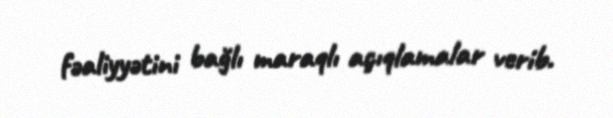
fəaliyyətini bağlı maraqlı açıqlamalar verib.